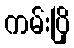
ကမ်းပြို